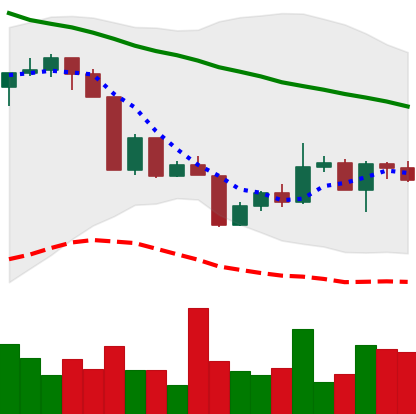
Ticker: XLM-USD
Chart end date: 2022-04-20
Forward return: -4.097%
Label: down_3_5